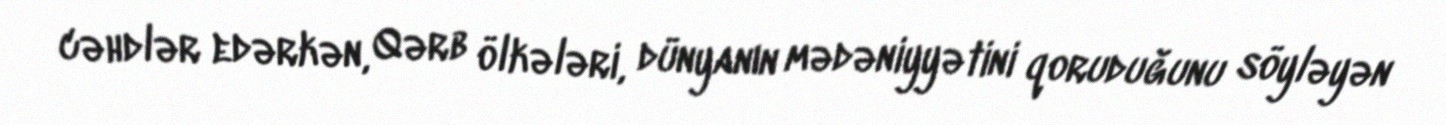
cəhdlər edərkən, Qərb ölkələri, dünyanın mədəniyyətini qoruduğunu söyləyən